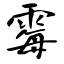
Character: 霉